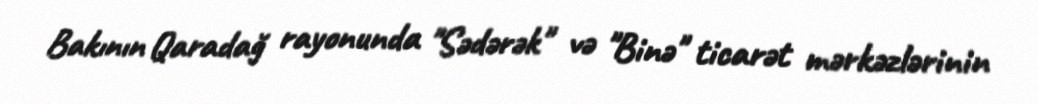
Bakının Qaradağ rayonunda "Sədərək" və "Binə" ticarət mərkəzlərinin